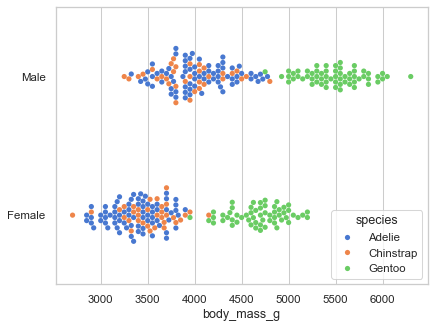
python, seaborn, swarmplot